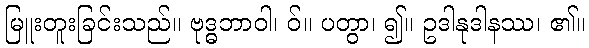
မြူးတူးခြင်းသည်။ ဗုဒ္ဓဘာဝါ၊ ဝ်။ ပတွာ၊ ၍။ ဥဒါနုဒါနဿ၊ ၏။